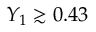
Y _ { 1 } \gtrsim 0 . 4 3